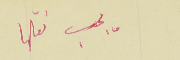
يجب نقلها